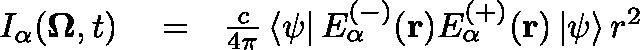
\begin{array} { r l r } { I _ { \alpha } ( \mathbf { \Omega } , t ) } & { { } = } & { \frac { c } { 4 \pi } \left\langle \psi \right\vert E _ { \alpha } ^ { ( - ) } ( \mathbf { r } ) E _ { \alpha } ^ { ( + ) } ( \mathbf { r } ) \left\vert \psi \right\rangle r ^ { 2 } } \end{array}